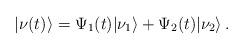
LaTeX: \begin{align*}|\nu(t)\rangle = \Psi_1(t) |\nu_1\rangle + \Psi_2(t) |\nu_2\rangle\,.\end{align*}